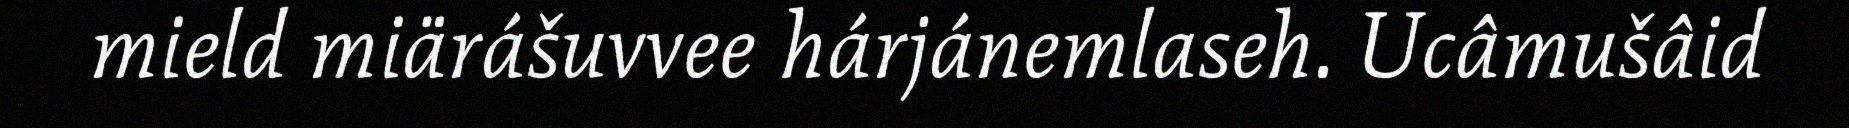
mield miärášuvvee hárjánemlaseh. Ucâmušâid